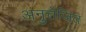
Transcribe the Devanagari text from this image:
अनुत्तेजित